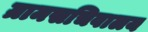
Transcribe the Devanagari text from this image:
ग्रामसचिवालय